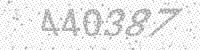
Solution: 440387